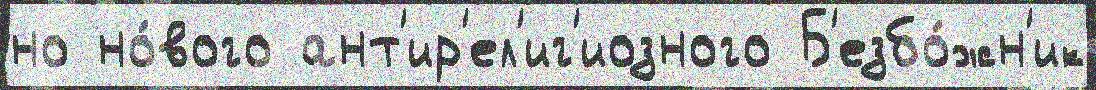
но но́вого ант'ир'ел'иг'иозного Б'езбо́жн'ик